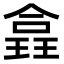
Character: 𪼉